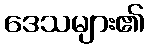
ဒေသများ၏